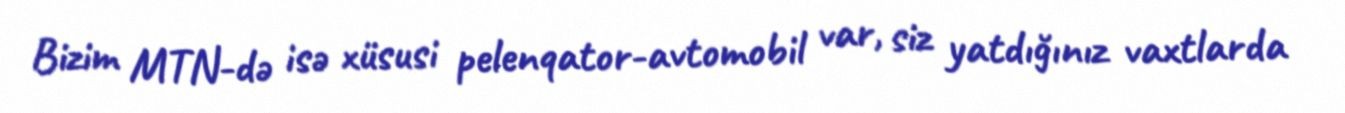
Bizim MTN-də isə xüsusi pelenqator-avtomobil var, siz yatdığınız vaxtlarda